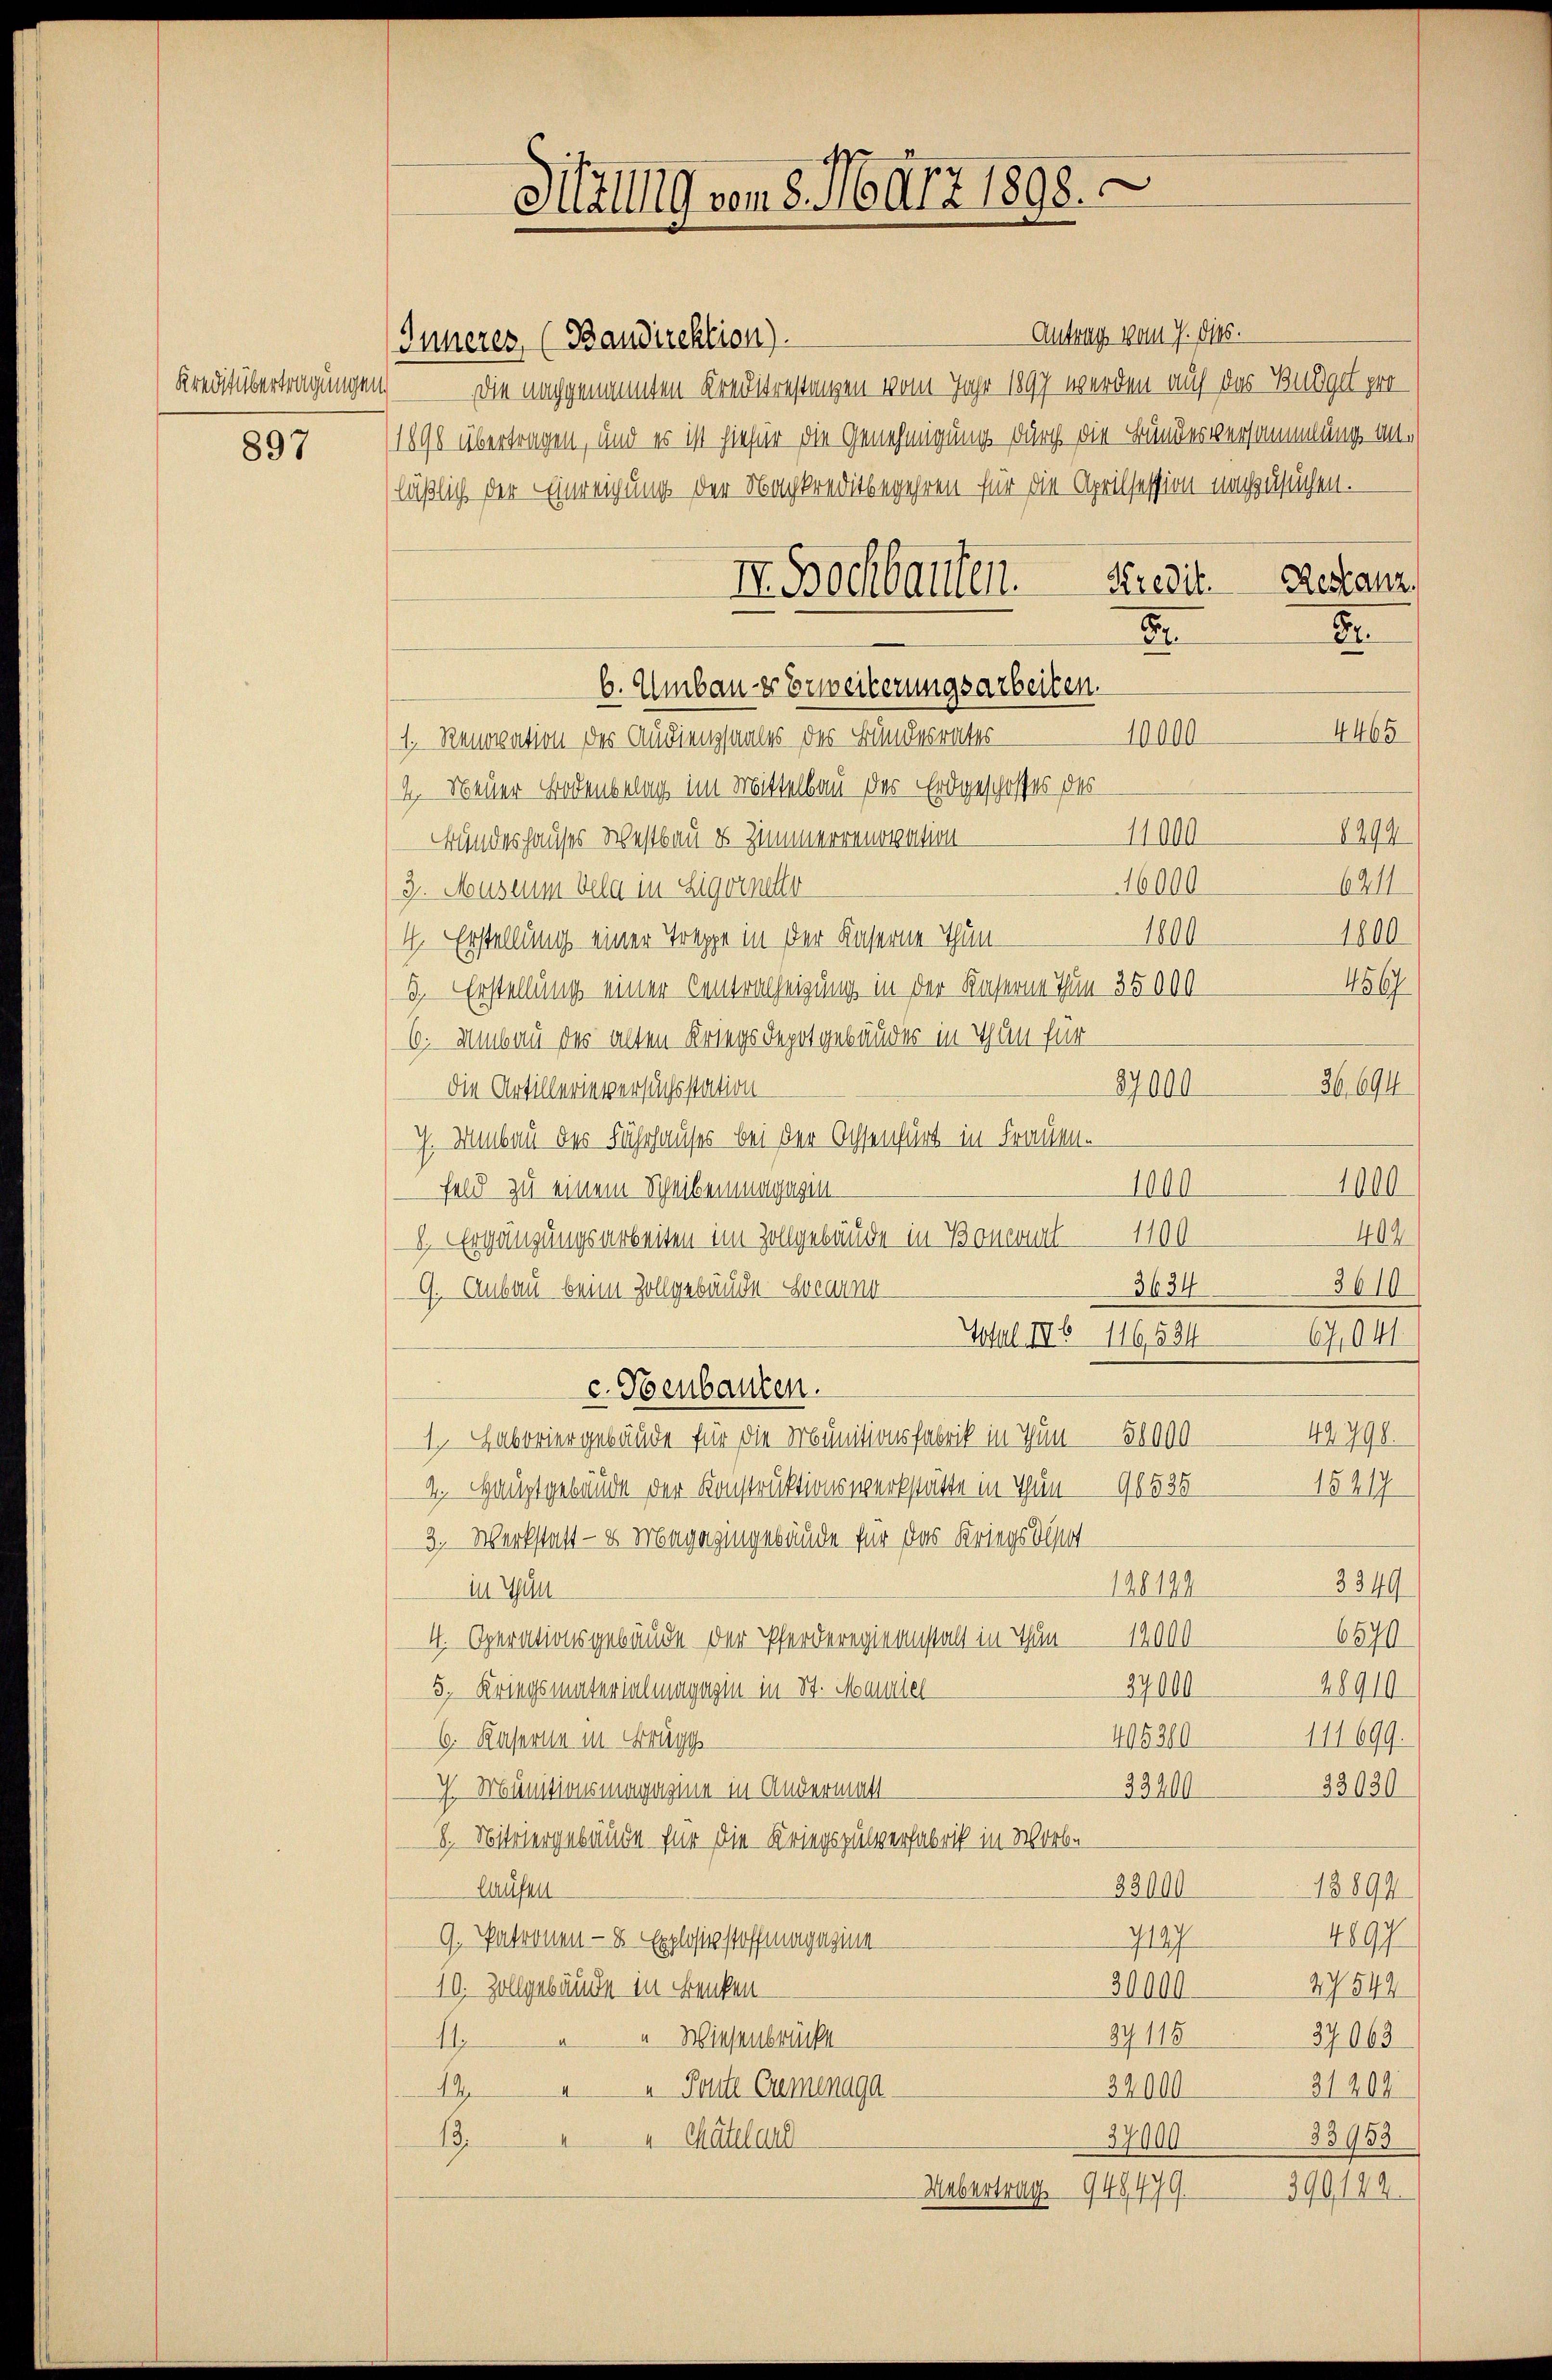
Kredit übertragungen

897

Millig vom 8. März 1898.

Inneres, (Bandirektion).
Die nachgenannten Kreistrestungen vom Jahr 1897 werden auf das Budget pro¬
1898 übertragen, und es ist hiefür die Genehmigung durch die Bundesversammlung anläßlich der Einreichung der Nachkreditbegehren für die Aprilsession nachzusuchen.
Kredit.
I Bochbauten.
b. Umbau - Erweiterungsarbeiten.
1. Renovation des Audienssaales des Bundesrates
2. Neuer Bodenbelang im Mittelbau der Erdgeschoffes des
Bundeshauses Westbau es Zimmerrenovation
3. Museum bela in Ligoinetto
4. Erstellung einer Treppe in der Kaserne Thun¬
3. Erstellung einer Centralheigung in der Kaserne Thun 35000
6: Umbau des alten Kriegsdepotgebäuder in Thun für
die Artillerieversuchsstation
7. Manbau des Fuhrhauses bei der Ochsenfürt in Frauen.
Feld zu einem Scheibenmagugin¬
1. Ergänzungsarbeiten im Zollgebäude in Bonconat 1100
G. Anbau beim Zollgebäude Locarno
c. Heubauten.
1. Laboriergebäude für die Munitionsfabrik in Thun - 58000
4. Hauptgebäude der Konstruktionswerkstätte in Thun 96535
3. Werkstatt - u Magazingebäude für das Kriegs desst
in Thun
4. Operationsgebäude der Pferderegieanstalt in Thun 12000
5, Kriegsmaterialmagazin in St. Mariel
45200
6. Kaserne in Brugg
23200
7 Munitionsmagazine in Andermatt
8. Mitvergebäude für die Kriegspulverfabrik in Worbe
22000
laufen
9. Patronen - 8 Explosigstoffmagazine
7107
10. Zollgebäude in enken¬
30000
29115
“ Wiesenbrücke
1
"Feutz Carmenaga
32000
19
 Mattlau
37900
13.
Uebertrag. 948479.

Antrag vom 7. ds.

Restanz.

2
4465
10000
8294
11000
16000
6211
1800
1800
4567
87000
26, 694
1000
1000
402
3634
3610
Total IV 11653467,041
49798.
15217
3349
120199
6570
37000
28910

E

111699.
33020

13894
4897
3544
37063
21208
33953

390, 184